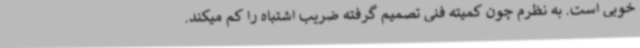
خوبی است. به نظرم چون کمیته فنی تصمیم گرفته ضریب اشتباه را کم میکند.